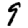
Digit: 9